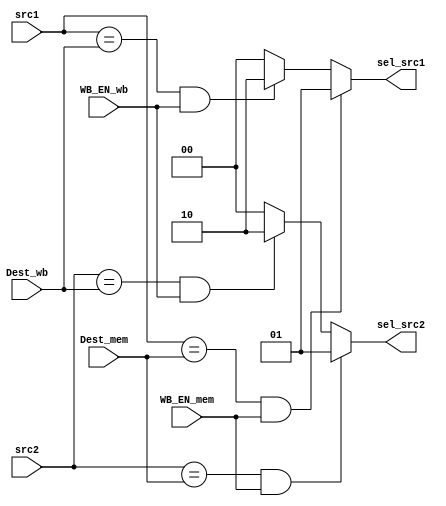
module Forwarding_Unit(
input [3:0] Dest_mem,
input [3:0] Dest_wb,
input WB_EN_mem,
input WB_EN_wb,
input [3:0] src1,
input [3:0] src2,
output reg[1:0] sel_src1,
output reg[1:0] sel_src2
);

always@(*) //sel_src1
begin
	if(src1==Dest_mem && WB_EN_mem==1'b1)
		sel_src1=2'b01;
	else if(src1== Dest_wb && WB_EN_wb==1'b1)
		sel_src1=2'b10;
	else
		sel_src1=2'b00;
end

always@(*) //sel_src2
begin
	if(src2==Dest_mem && WB_EN_mem==1'b1)
		sel_src2=2'b01;
	else if(src2== Dest_wb && WB_EN_wb==1'b1)
		sel_src2=2'b10;
	else
		sel_src2=2'b00;
end

endmodule